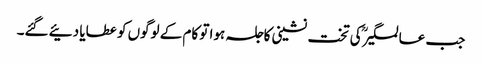
جب عالمگیرؒ کی تخت نشینی کاجلسہ ہوا تو کام کے لوگوں کو عطایا دئیے گئے۔